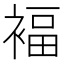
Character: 褔